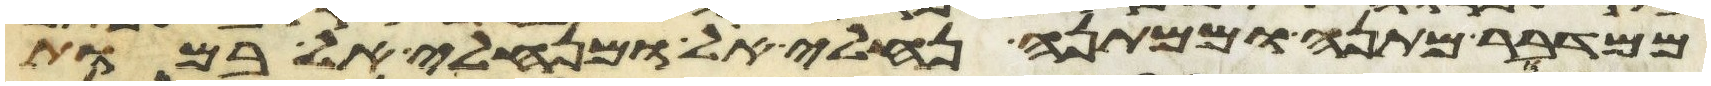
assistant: ממדבר מתנה וממתנה נחליאל ומנחליאל במות